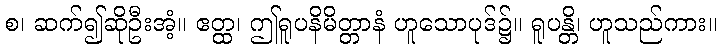
စ၊ ဆက်၍ဆိုဦးအံ့။ ဧတ္ထ၊ ဤရူပနိမိတ္တာနံ ဟူသောပုဒ်၌။ ရူပန္တိ၊ ဟူသည်ကား။